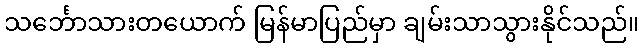
သင်္ဘောသားတယောက် မြန်မာပြည်မှာ ချမ်းသာသွားနိုင်သည်။